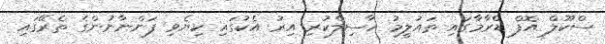
ސްކޫލް އޮފް ޑްރާމާގައި ތައުލީމު ހާސިލްކުރި އިރު އެކުގައި ކިޔެވި ފަންނާނުންގެ ތެރޭގައި